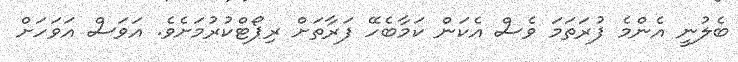
ބެލުނީ އެންމެ ފުރަތަމަ ވެސް އެކަން ކަމާބެހޭ ފަރާތަށް ރިޕޯޓްކުރުމަށެވެ. އަވަސް އަވަހަށް